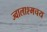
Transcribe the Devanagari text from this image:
ज्वालाश्मचय